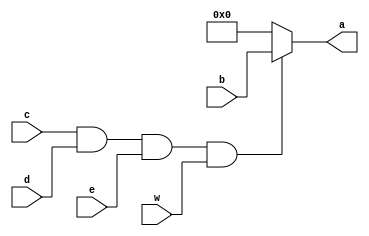
module mux16_16x1_and(a, b, c, d, e, w);
	output [15:0]a;
	input [15:0]b;
	input c,d,e,w;
	wire validacion;
	assign validacion = (c&d&e&w);
assign a = validacion? b : 16'b00;
endmodule